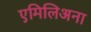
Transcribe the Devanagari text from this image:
एमिलिअना